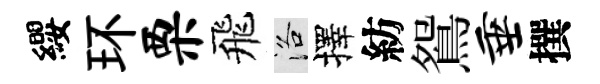
纓环栗飛洛擇紡鴛垂撰